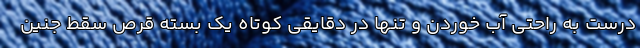
درست به راحتی آب خوردن و تنها در دقایقی کوتاه یک بسته قرص سقط جنین